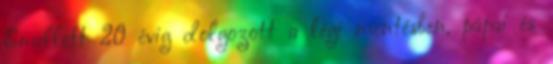
Emellett 20 évig dolgozott a légi mentésben, pápai és